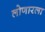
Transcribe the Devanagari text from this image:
लोणारला